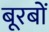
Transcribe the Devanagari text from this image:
बूरबों